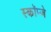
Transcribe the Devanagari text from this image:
स्कॉप्जे